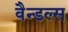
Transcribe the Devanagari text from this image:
वैन्डल्स